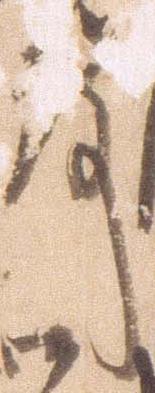
殿